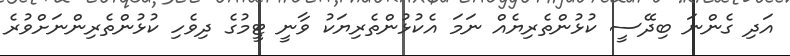
އަދި ގެންނަ ބިދޭސީ ކުޅުންތެރިޔެއް ނަމަ އެކުޅުންތެރިޔަކު ވާނީ ޓީމުގެ ދިވެހި ކުޅުންތެރިންނަށްވުރެ